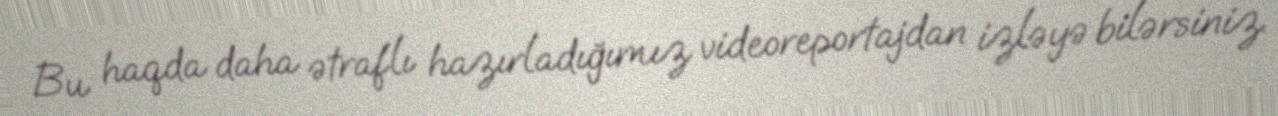
Bu haqda daha ətraflı hazırladığımız videoreportajdan izləyə bilərsiniz.